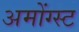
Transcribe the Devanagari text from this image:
अमोंग्स्ट